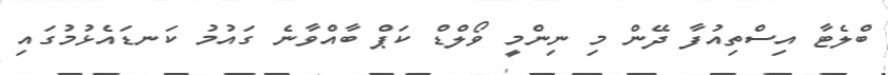
ބްލެޓާ އިސްތިއުފާ ދޭން މި ނިންމީ ވޯލްޑް ކަޕް ބާއްވާނެ ގައުމު ކަނޑައެޅުމުގައި